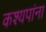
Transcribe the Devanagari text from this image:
कश्यपांना